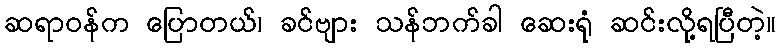
ဆရာဝန်က ပြောတယ်၊ ခင်ဗျား သန်ဘက်ခါ ဆေးရုံ ဆင်းလို့ရပြီတဲ့။